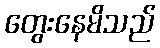
တွေးနေမိသည်